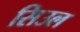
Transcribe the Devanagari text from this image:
सिउल